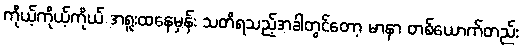
ကိုယ့်ကိုယ့်ကိုယ် အရူးထနေမှန်း သတိရသည့်အခါတွင်တော့ မာနာ တစ်ယောက်တည်း